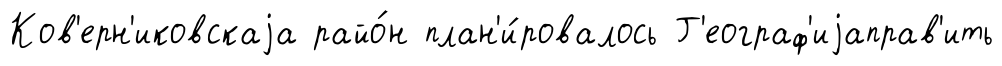
Ков'ерн'иковскаjа райо́н план'и́ровалось Г'еограф'иjаправ'ить